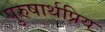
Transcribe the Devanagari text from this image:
पुरुषार्थप्रिय